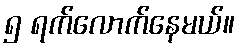
၅ ရက်လောက်နေမယ်။